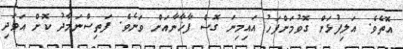
އޮތެވެ. އަލިފުޅަށް ގޮވުމަށްފަހު އައިމިނަ ގޮސް ފާޚާނާއަށް ވަނެވެ. ފަތިސްނަމާދު ކޮށް އަވަދި